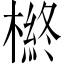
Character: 𱤎